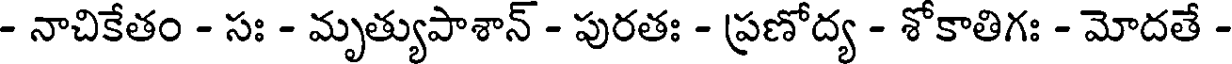
- నాచికేతం - సః - మృత్యుపాశాన్ - పురతః - ప్రణోద్య - శోకాతిగః - మోదతే -